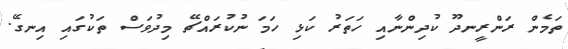
ތަމެން ރަންރީނދޫ ކުދިންނާއި ހަތަރު ކަޅި ހަމަ ނުކުރައްޗޭ މިދުވަސް ތަކުގައި އިނގޭ.